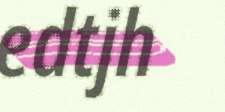
edtjh